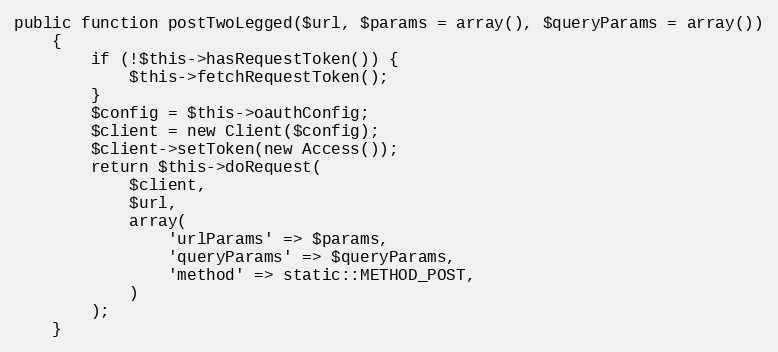
Language: PHP
public function postTwoLegged($url, $params = array(), $queryParams = array())
    {
        if (!$this->hasRequestToken()) {
            $this->fetchRequestToken();
        }
        $config = $this->oauthConfig;
        $client = new Client($config);
        $client->setToken(new Access());
        return $this->doRequest(
            $client,
            $url,
            array(
                'urlParams' => $params,
                'queryParams' => $queryParams,
                'method' => static::METHOD_POST,
            )
        );
    }